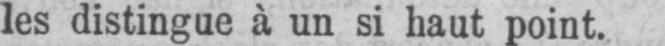
les distingue à un si haut point.